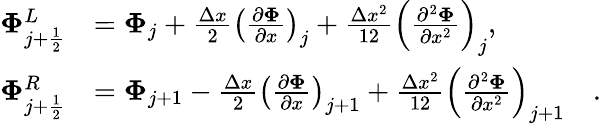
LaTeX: \begin{array}{rl}{\mathbf{\Phi}_{j+\frac{1}{2}}^{L}}&{=\mathbf{{\Phi}}_{j}+\frac{\Delta x}{2}\left(\frac{\partial\mathbf{\Phi}}{\partial x}\right)_{j}+\frac{\Delta x^{2}}{12}\left(\frac{\partial^{2}\mathbf{\Phi}}{\partial x^{2}}\right)_{j},}\\ {\mathbf{\Phi}_{j+\frac{1}{2}}^{R}}&{=\mathbf{{\Phi}}_{j+1}-\frac{\Delta x}{2}\left(\frac{\partial\mathbf{\Phi}}{\partial x}\right)_{j+1}+\frac{\Delta x^{2}}{12}\left(\frac{\partial^{2}\mathbf{\Phi}}{\partial x^{2}}\right)_{j+1}\quad.}\end{array}